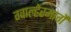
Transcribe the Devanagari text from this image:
ग्वाल्हेरमार्गे